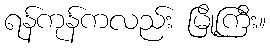
ရန်ကုန်ကလည်း မြို့ကြီး။